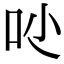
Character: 𠯙